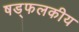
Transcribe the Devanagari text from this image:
षड्फलकीय